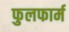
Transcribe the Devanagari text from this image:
फुलफार्म